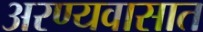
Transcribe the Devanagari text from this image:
अरण्यवासात